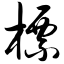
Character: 标